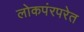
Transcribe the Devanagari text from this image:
लोकपंरपरेत